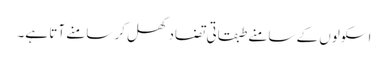
اسکولوں کے سامنے طبقاتی تضاد کھل کر سامنے آتا ہے۔